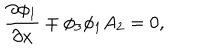
LaTeX: \frac { \partial \phi _ { 1 } } { \partial x } \mp \phi _ { 3 } \phi _ { 1 } A _ { 2 } = 0 ,